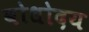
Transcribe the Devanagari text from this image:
बोधोदय